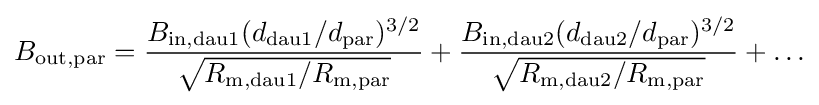
B_{\mathrm {out,par} }={\frac {B_{\mathrm {in,dau1} }(d_{\mathrm {dau1} }/d_{\mathrm {par} })^{3/2}}{\sqrt {R_{\mathrm {m,dau1} }/R_{\mathrm {m,par} }}}}+{\frac {B_{\mathrm {in,dau2} }(d_{\mathrm {dau2} }/d_{\mathrm {par} })^{3/2}}{\sqrt {R_{\mathrm {m,dau2} }/R_{\mathrm {m,par} }}}}+\ldots